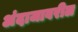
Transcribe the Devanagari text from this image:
अंदाजावरील